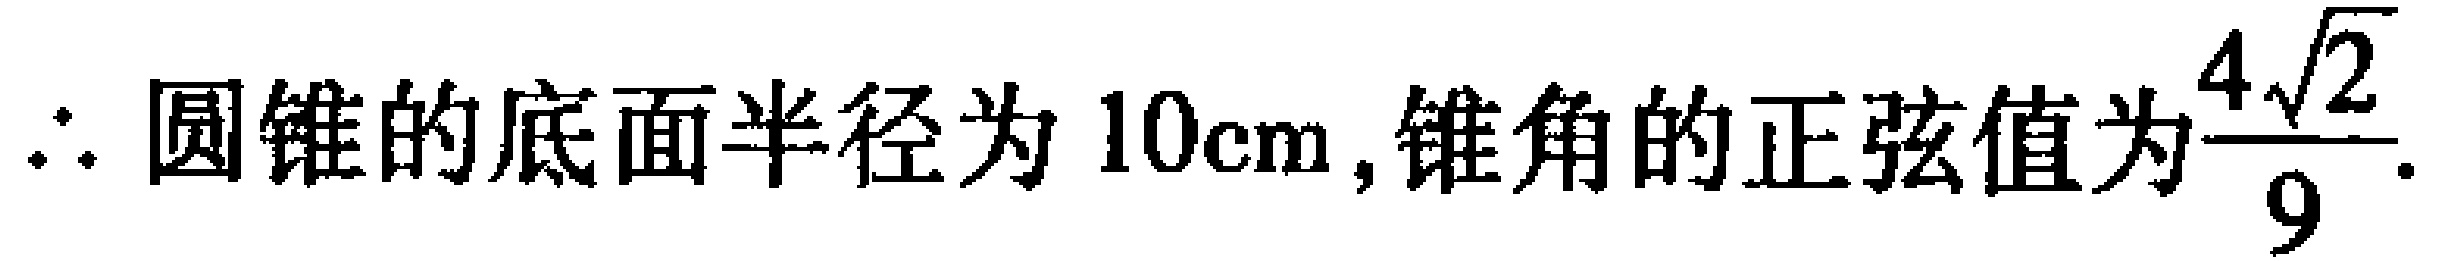
$\therefore$ 圆锥的底面半径为 \(10\mathrm{cm}\), 锥角的正弦值为\(\dfrac{4\sqrt{2}}{9}\).